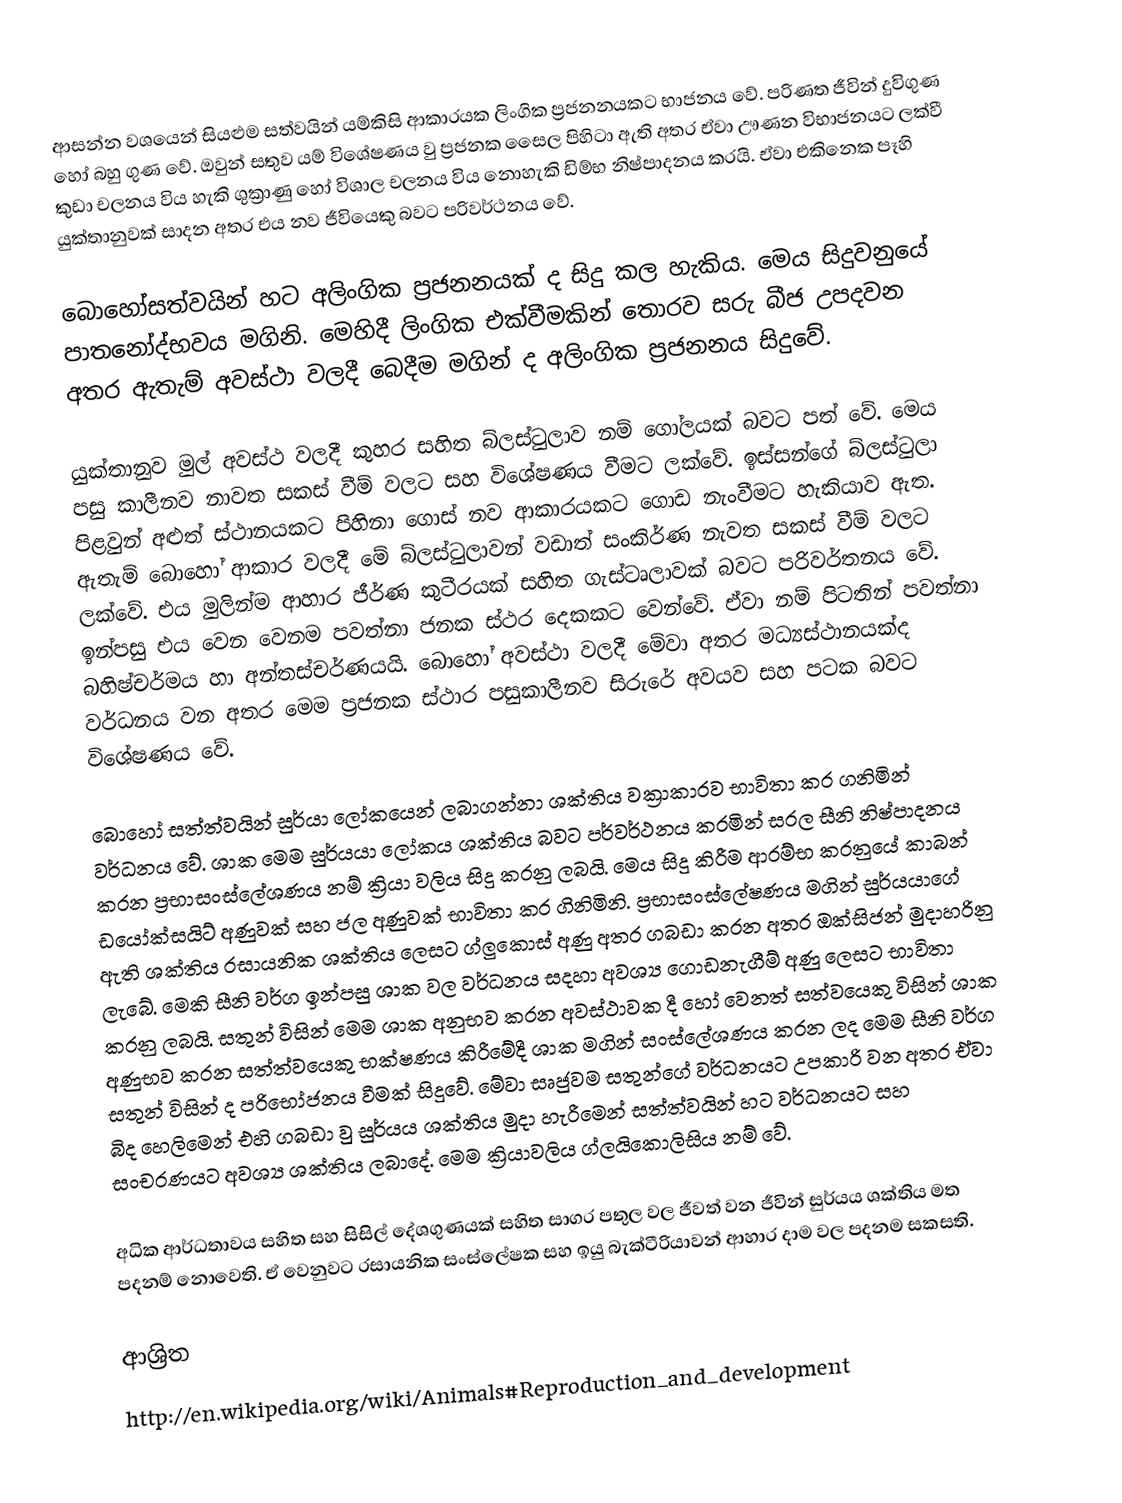
ආසන්න වශයෙන් සියළුම සත්වයින් යම්කිසි ආකාරයක ලිංගික ප්‍රජනනයකට භාජනය වේ. පරිණත ජීවින් දුවිගුණ හෝ බහු ගුණ වේ. ඔවුන් සතුව යම් විශේෂණය වු ප්‍රජනක සෛල පිහිටා ඇති අතර ඒවා ඌණන විභාජනයට ලක්වී කුඩා චලනය විය හැකි ශුක්‍රාණු හෝ විශාල චලනය විය නොහැකි ඩිම්භ නිෂ්පාදනය කරයි. ඒවා එකිනෙක පෑහි යුක්තානුවක් සාදන අතර එය නව ජීවියෙකු බවට පරිවර්ථනය වේ.

බොහෝසත්වයින් හට අලිංගික ප්‍රජනනයක් ද සිදු කල හැකිය. මෙය සිදුවනුයේ පාතනෝද්භවය මගිනි. මෙහිදී ලිංගික එක්වීමකින් තොරව සරු බීජ උපදවන අතර ඇතැම් අවස්ථා වලදී  බෙදීම මගින් ද අලිංගික ප්‍රජනනය සිදුවේ.

යුක්තානුව මුල් අවස්ථ වලදී කුහර සහිත බ්ලස්ටුලාව නම් ගෝලයක් බවට පත් වේ. මෙය පසු කාලීනව නාවත සකස් වීම් වලට සහ විශේෂණය වීමට ලක්වේ. ඉස්සන්ගේ බ්ලස්ටුලා පිළවුන් අළුත් ස්ථානයකට පිහිනා ගොස් නව ආකාරයකට ගොඩ නැංවීමට හැකියාව ඇත. ඇතැම් බොහෝ ආකාර වලදී මේ බ්ලස්ටුලාවන් වඩාත් සංකිර්ණ නැවත සකස් වීම් වලට ලක්වේ. එය මුලින්ම ආහාර ජීර්ණ කුටීරයක් සහිත ගැස්ටෘලාවක් බවට පරිවර්තනය වේ. ඉන්පසු එය වෙන වෙනම පවත්නා ජනක ස්ථර දෙකකට වෙන්වේ. ඒවා නම් පිටතින් පවත්නා බහිෂ්චර්මය හා අන්තස්චර්ණයයි. බොහෝ අවස්ථා වලදී මේවා අතර මධ්‍යස්ථානයක්ද වර්ධනය වන අතර මෙම ප්‍රජනක ස්ථාර පසුකාලීනව සිරුරේ අවයව සහ පටක බවට විශේෂණය වේ.

බොහෝ සත්ත්වයින් සුර්යා ලෝකයෙන් ලබාගන්නා ශක්තිය වක්‍රාකාරව භාවිතා කර ගනිමින් වර්ධනය වේ. ශාක මෙම සුර්යයා ලෝකය ශක්තිය බවට පර්වර්ථනය කරමින් සරල සීනි නිෂ්පාදනය කරන ප්‍රභාසංස්ලේශණය නම් ක්‍රියා වලිය සිදු කරනු ලබයි. මෙය සිදු කිරීම ආරම්භ කරනුයේ කාබන් ඩයෝක්සයිට් අණුවක් සහ ජල අණුවක් භාවිතා කර ගිනිමිනි. ප්‍රභාසංස්ලේෂණය මගින් සුර්යයාගේ ඇති ශක්තිය රසා‍්‍යනික ශක්තිය ලෙසට ග්ලුකොස්  අණු අතර ගබඩා කරන අතර ඔක්සිජන් මුදාහරිනු ලැබේ. මෙකි සීනි වර්ග ඉන්පසු ශාක වල වර්ධනය සදහා අවශ්‍ය ගොඩනැගීම් අණු ලෙසට භාවිතා කරනු ලබයි. සතුන් විසින් මෙම ශාක අනුභව කරන අවස්ථාවක දී හෝ වෙනත් සත්වයෙකු විසින් ශාක අණුභව කරන සත්ත්වයෙකු භක්ෂණය කිරීමේදී ශාක මගින් සංස්ලේශණය කරන ලද මෙම සීනි වර්ග සතුන් විසින් ද පරිභෝජනය වීමක් සිදුවේ. මේවා සෘජුවම සතුන්ගේ වර්ධනයට උපකාරි වන අතර ඒවා බිද හෙලිමෙන් එහි ගබඩා වු සුර්යය ශක්තිය මුදා හැරීමෙන් සත්ත්වයින් හට වර්ධනයට සහ සංචරණයට අවශ්‍ය ශක්තිය ලබාදේ. මෙම ක්‍රියාවලිය ග්ලයිකොලිසිය නම් වේ.

අධික ආර්ධතාවය සහිත සහ සිසිල් දේශගුණයක් සහිත සාගර පතුල වල ජීවත් වන ජීවින් සුර්යය ශක්තිය මත පදනම් නොවෙති. ඒ වෙනුවට රසායනික සංස්ලේෂක සහ ඉයු බැක්ටීරියාවන් ආහාර දාම වල පදනම සකසති.

ආශ්‍රිත
http://en.wikipedia.org/wiki/Animals#Reproduction_and_development